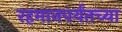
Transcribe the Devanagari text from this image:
रहमानपर्यंतच्या